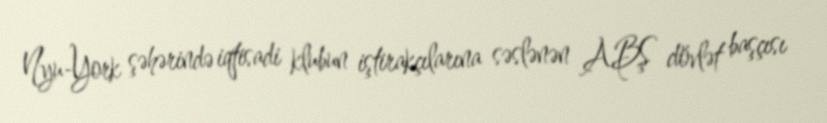
Nyu-York şəhərində iqtisadi klubun iştirakçılarına səslənən ABŞ dövlət başçısı